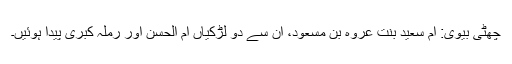
چھٹی بیوی: ام سعید بنت عروہ بن مسعود، ان سے دو لڑکیاں ام الحسن اور رملہ کبریٰ پیدا ہوئیں۔